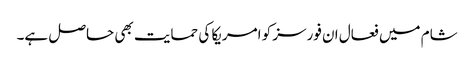
شام میں فعال ان فورسز کو امریکا کی حمایت بھی حاصل ہے۔